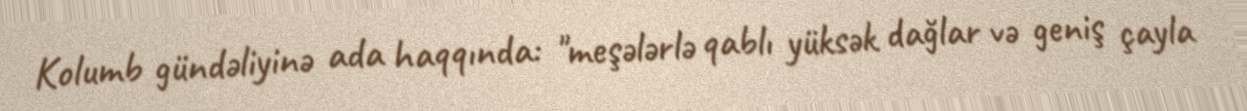
Kolumb gündəliyinə ada haqqında: "meşələrlə qablı yüksək dağlar və geniş çayla